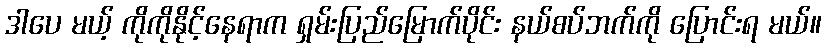
ဒါပေ မယ့် ကိုကိုနိုင့်နေရာက ရှမ်းပြည်မြောက်ပိုင်း နယ်စပ်ဘက်ကို ပြောင်းရ မယ်။